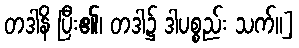
တဒါနိ ပြီး၏၊ တဒါ၌ ဒါပစ္စည်း သက်။]